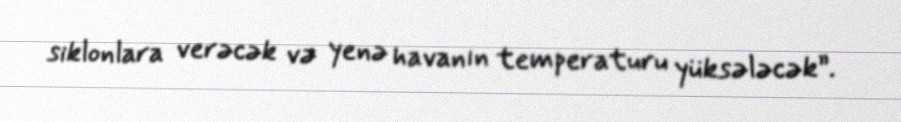
siklonlara verəcək və yenə havanın temperaturu yüksələcək”.